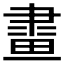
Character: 𤲯